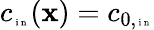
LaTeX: c_{\tiny\mathrm{~i~n~}}(\textbf x)=c_{0,\tiny\mathrm{~i~n~}}